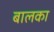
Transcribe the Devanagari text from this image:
बालका